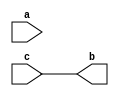
/////////////////////////////////////////////////////////////
// Version   : M-2016.12
/////////////////////////////////////////////////////////////


module test_module ( a, b, c );
  input a, c;
  output b;
  wire   b;
  assign b = c;

endmodule